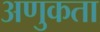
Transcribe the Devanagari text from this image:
अणुकता